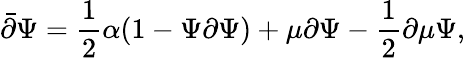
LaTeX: \bar{\partial}\Psi=\frac{1}{2}\alpha(1-\Psi\partial\Psi)+\mu\partial\Psi-\frac{1}{2}\partial\mu\Psi,